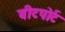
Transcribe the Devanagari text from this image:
बीटपोर्ट